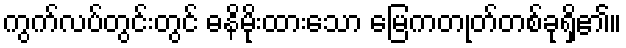
ကွက်လပ်တွင်းတွင် ဓနိမိုးထားသော မြေကတုတ်တစ်ခုရှိ၏။